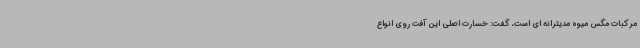
مرکبات مگس میوه مدیترانه ای است، گفت: خسارت اصلی این آفت روی انواع